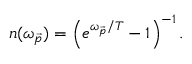
n ( \omega _ { \vec { p } } ) = \left( e ^ { \omega _ { \vec { p } } / T } - 1 \right) ^ { - 1 } .